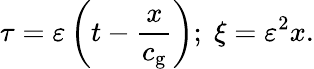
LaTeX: \tau=\varepsilon\left(t-\frac{x}{c_{\mathrm{g}}}\right);\; \xi=\varepsilon^{2}x.